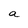
Character: a